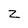
Character: Z